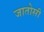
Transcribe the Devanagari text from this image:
जातोसी